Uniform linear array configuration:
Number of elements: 24
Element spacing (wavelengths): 1
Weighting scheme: exponential
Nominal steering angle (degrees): -45
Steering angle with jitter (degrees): -44.843
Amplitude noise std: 0.05
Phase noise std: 0.05

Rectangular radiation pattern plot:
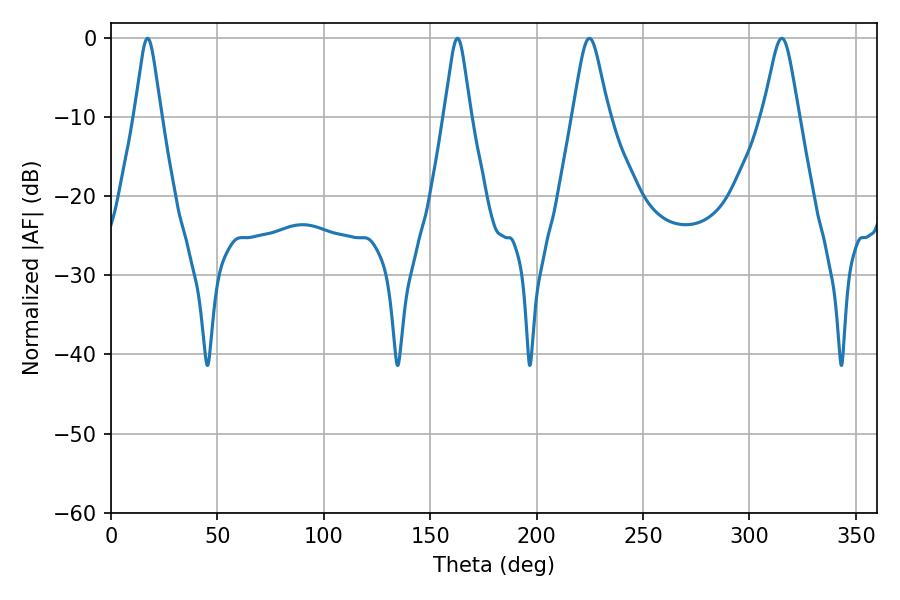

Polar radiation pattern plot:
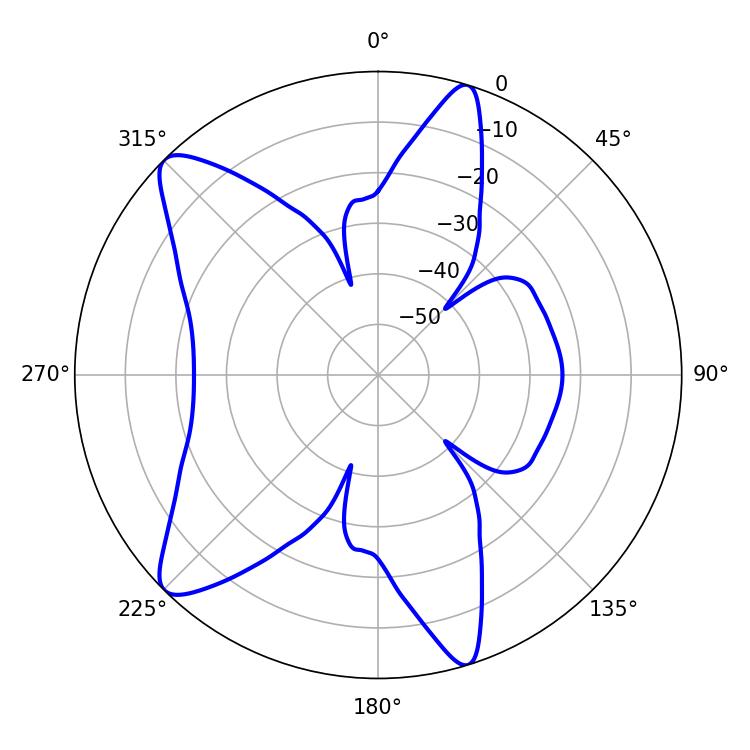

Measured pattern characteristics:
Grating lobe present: TRUE
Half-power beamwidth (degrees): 8.1
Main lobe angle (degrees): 224.82